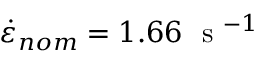
\dot { \varepsilon } _ { n o m } = 1 . 6 6 ~ \mathrm { ~ s ~ } ^ { - 1 }